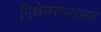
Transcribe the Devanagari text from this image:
मिथेनसारख्या